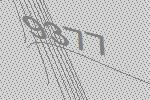
9377